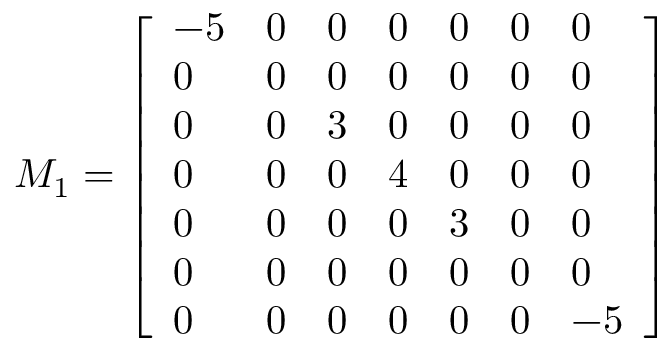
M _ { 1 } = \left[ \begin{array} { l l l l l l l } { - 5 } & { 0 } & { 0 } & { 0 } & { 0 } & { 0 } & { 0 } \\ { 0 } & { 0 } & { 0 } & { 0 } & { 0 } & { 0 } & { 0 } \\ { 0 } & { 0 } & { 3 } & { 0 } & { 0 } & { 0 } & { 0 } \\ { 0 } & { 0 } & { 0 } & { 4 } & { 0 } & { 0 } & { 0 } \\ { 0 } & { 0 } & { 0 } & { 0 } & { 3 } & { 0 } & { 0 } \\ { 0 } & { 0 } & { 0 } & { 0 } & { 0 } & { 0 } & { 0 } \\ { 0 } & { 0 } & { 0 } & { 0 } & { 0 } & { 0 } & { - 5 } \end{array} \right]